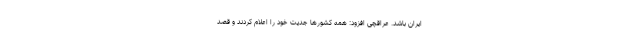
ایران باشد. عراقچی افزود: همه کشورها جدیت خود را اعلام کردند و قصد